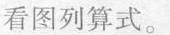
看图列算式。